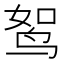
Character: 𫛪